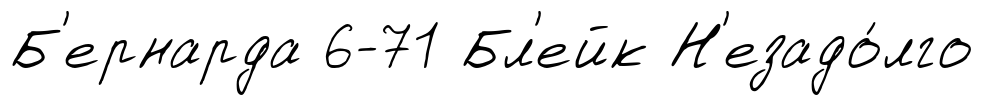
Б'ернарда 6-71 Бл'ейк Н'езадо́лго